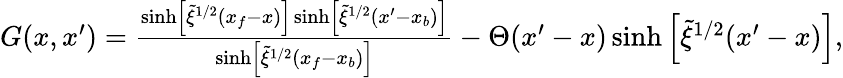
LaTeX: \begin{array}{r}{G(x,x^{\prime})=\frac{\sinh\left[\tilde{\xi}^{1/2}(x_{f}-x)\right]\sinh\left[\tilde{\xi}^{1/2}(x^{\prime}-x_{b})\right]}{\sinh\left[\tilde{\xi}^{1/2}(x_{f}-x_{b})\right]}-\Theta(x^{\prime}-x)\sinh\left[\tilde{\xi}^{1/2}(x^{\prime}-x)\right],}\end{array}